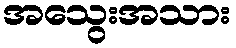
အသွေးအသား